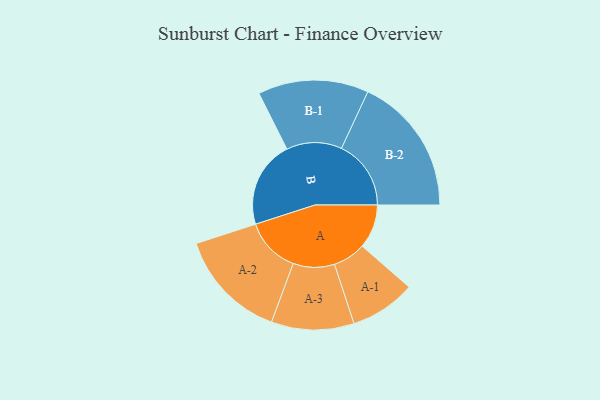
{"axis": {"x": "Segment", "y": "Value"}, "legend": ["", "A", "B"], "data": [{"x": "A", "y": 182, "type": ""}, {"x": "B", "y": 360, "type": ""}, {"x": "A-1", "y": 136, "type": "A"}, {"x": "A-2", "y": 229, "type": "A"}, {"x": "A-3", "y": 171, "type": "A"}, {"x": "B-1", "y": 229, "type": "B"}, {"x": "B-2", "y": 288, "type": "B"}]}